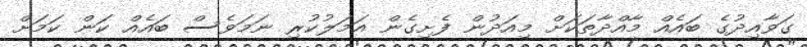
ގަވާއިދުގެ ބައެއް މާއްދާތަކަށް މިއަދުން ފެށިގެން އަމަލުކުރި ނަމަވެސް ބައެއް ކަން ކަމަށް